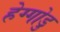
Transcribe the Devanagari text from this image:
हेग्गोडु